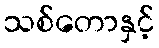
သစ်တောနှင့်